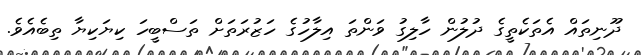
ދޫނިތައް އެތަކެތީގެ ދުލުން ހާލިގު ވަންތަ އިލާހުގެ ހަޒުރަތަށް ތަސްބީހަ ކިޔަކިޔާ ތިބެއެވެ.